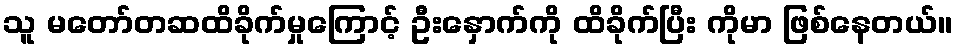
သူ မတော်တဆထိခိုက်မှုကြောင့် ဦးနှောက်ကို ထိခိုက်ပြီး ကိုမာ ဖြစ်နေတယ်။